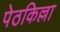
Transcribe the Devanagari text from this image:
पेठकिल्ला